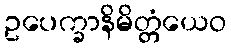
ဥပေက္ခာနိမိတ္တံယေဝ